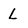
Character: l